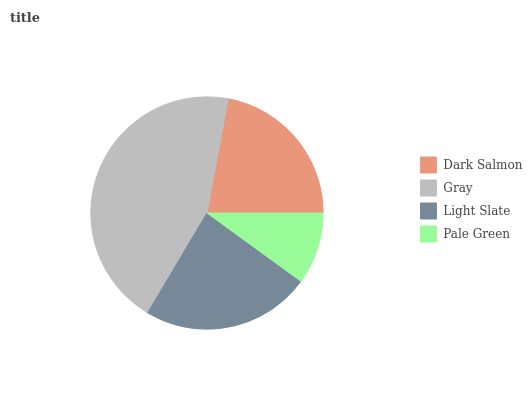
| Dark Salmon | Gray | Light Slate | Pale Green |
 | --- | --- | --- | --- |
 | 22.1% | 44.4% | 23.5% | 10% |